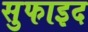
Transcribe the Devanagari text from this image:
सुफाइद